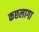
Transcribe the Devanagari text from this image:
कछलागा